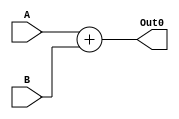
`timescale 1ns / 1ps

 /************************************************ 
 // [INPUTS]
 // Operands:	A, B (8-bit)
 
 // [OUTPUTS]
 // Sum:			Out0 (8-bit)
 ************************************************/

module Adder(
	input [7:0] A, B,
	output reg [7:0] Out0
);

	always @(A or B)
	begin
		Out0 <= A + B;
	end
 
endmodule